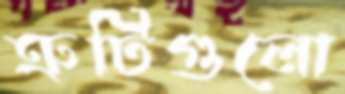
ত্রুটিগুলো